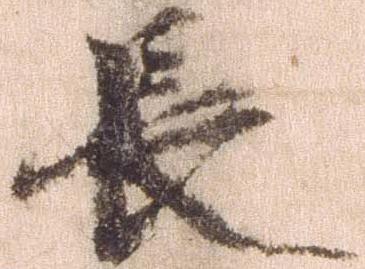
長